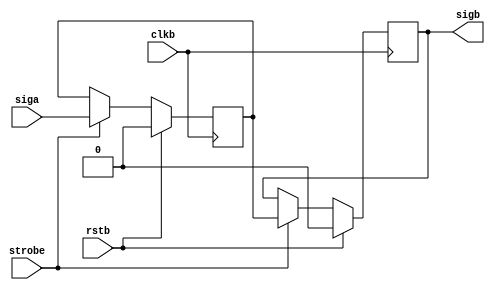
// cdc_sync_strobe

// tansfer data between clock domain on strobe signal 



`timescale 1 ns/100 ps

module cdc_sync_strobe #(parameter SIZE = 1)
  (input  wire [SIZE-1:0] siga,
   input  wire            rstb, clkb, strobe,
   output reg  [SIZE-1:0] sigb);
	
reg [SIZE-1:0] q1;	
	
always @(posedge clkb)
begin
  if (rstb)
    {sigb,q1} <= 2'b00;
  else if (strobe)
    {sigb,q1} <= {q1,siga};
end

endmodule